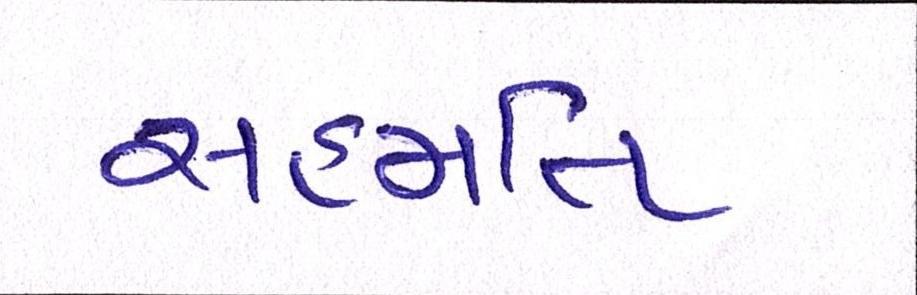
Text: સહમતિ